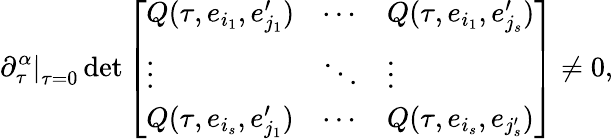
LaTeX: \left.\partial_{\tau}^{\alpha}\right|_{\tau=0}\operatorname*{det}\left[\begin{array}{lll}{Q(\tau,e_{i_{1}},e_{j_{1}}^{\prime})}&{\cdots}&{Q(\tau,e_{i_{1}},e_{j_{s}}^{\prime})}\\ {\vdots}&{\ddots}&{\vdots}\\ {Q(\tau,e_{i_{s}},e_{j_{1}}^{\prime})}&{\cdots}&{Q(\tau,e_{i_{s}},e_{j_{s}^{\prime}})}\end{array}\right]\neq 0,